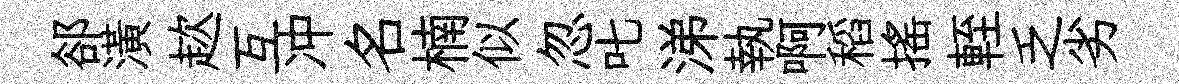
郤潢趑互冲名楠似忽叱涕執啊稻揺輊乏劣